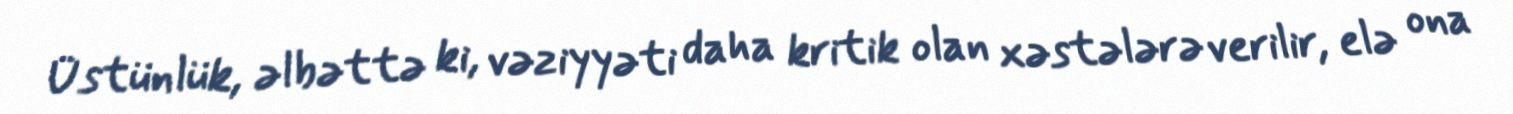
Üstünlük, əlbəttə ki, vəziyyəti daha kritik olan xəstələrə verilir, elə ona